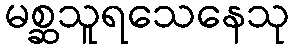
မစ္ဆသူရသေနေသု